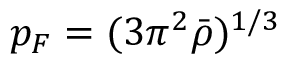
p _ { F } = ( 3 \pi ^ { 2 } \bar { \rho } ) ^ { 1 / 3 }